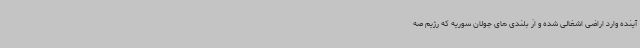
آینده وارد اراضی اشغالی شده و از بلندی های جولان سوریه که رژیم صه